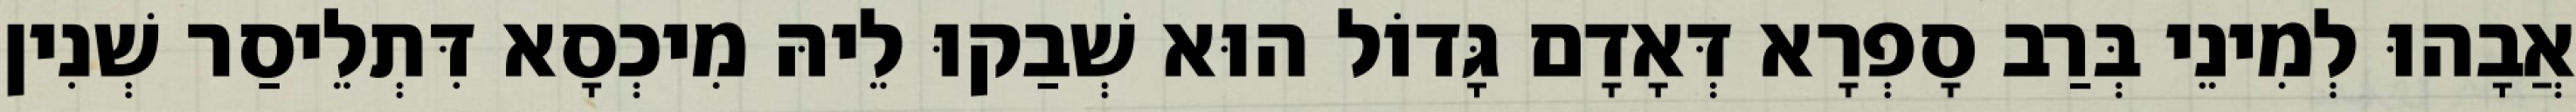
אֲבָהוּ לְמִינֵי בְּרַב סָפְרָא דְּאָדָם גָּדוֹל הוּא שְׁבַקוּ לֵיהּ מִיכְסָא דִּתְלֵיסַר שְׁנִין